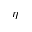
\eta